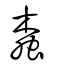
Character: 螙